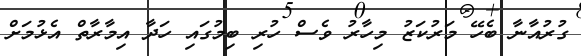
ގުރުއާނާ ބެހޭ މަރުކަޒު މިހާރު ވެސް ހުރި ބިމުގައި ހަދާ އިމާރާތް އެޅުމަށް